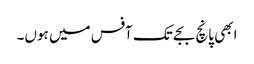
ابھی پانچ بجے تک آفس میں ہوں۔